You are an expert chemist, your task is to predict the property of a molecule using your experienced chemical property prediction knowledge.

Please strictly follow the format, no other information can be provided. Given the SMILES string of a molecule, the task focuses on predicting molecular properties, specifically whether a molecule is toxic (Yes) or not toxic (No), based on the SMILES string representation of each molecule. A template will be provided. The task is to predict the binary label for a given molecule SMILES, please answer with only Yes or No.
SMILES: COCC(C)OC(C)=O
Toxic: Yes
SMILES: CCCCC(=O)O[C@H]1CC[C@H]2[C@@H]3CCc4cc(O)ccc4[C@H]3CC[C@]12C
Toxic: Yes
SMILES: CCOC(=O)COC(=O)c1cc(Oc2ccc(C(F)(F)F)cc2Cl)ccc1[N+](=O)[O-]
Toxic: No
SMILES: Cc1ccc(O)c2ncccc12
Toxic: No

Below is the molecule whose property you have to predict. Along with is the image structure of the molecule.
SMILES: CCCOC(=O)NCCCN(C)C
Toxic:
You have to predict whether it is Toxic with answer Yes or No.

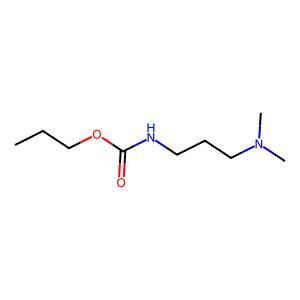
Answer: No